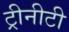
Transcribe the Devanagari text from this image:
ट्रीनीटी